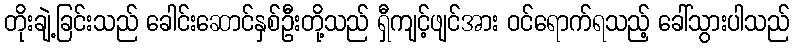
တိုးချဲ့ခြင်းသည် ခေါင်းဆောင်နှစ်ဦးတို့သည် ရှီကျင့်ဖျင်အား ဝင်ရောက်ရသည့် ခေါ်သွားပါသည်